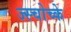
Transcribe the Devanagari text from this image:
ज्स्चोच्के